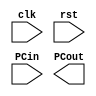
// Program Counter

module PC ( clk, 
			rst,
			PCin, 
			PCout);
	
	parameter bit_size = 18;
	
	input  clk, rst;
	input  [bit_size-1:0] PCin;
	output [bit_size-1:0] PCout;	   
	
	// write your code in here
		   
endmodule